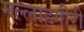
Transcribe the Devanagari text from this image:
मल्लाहगीरी